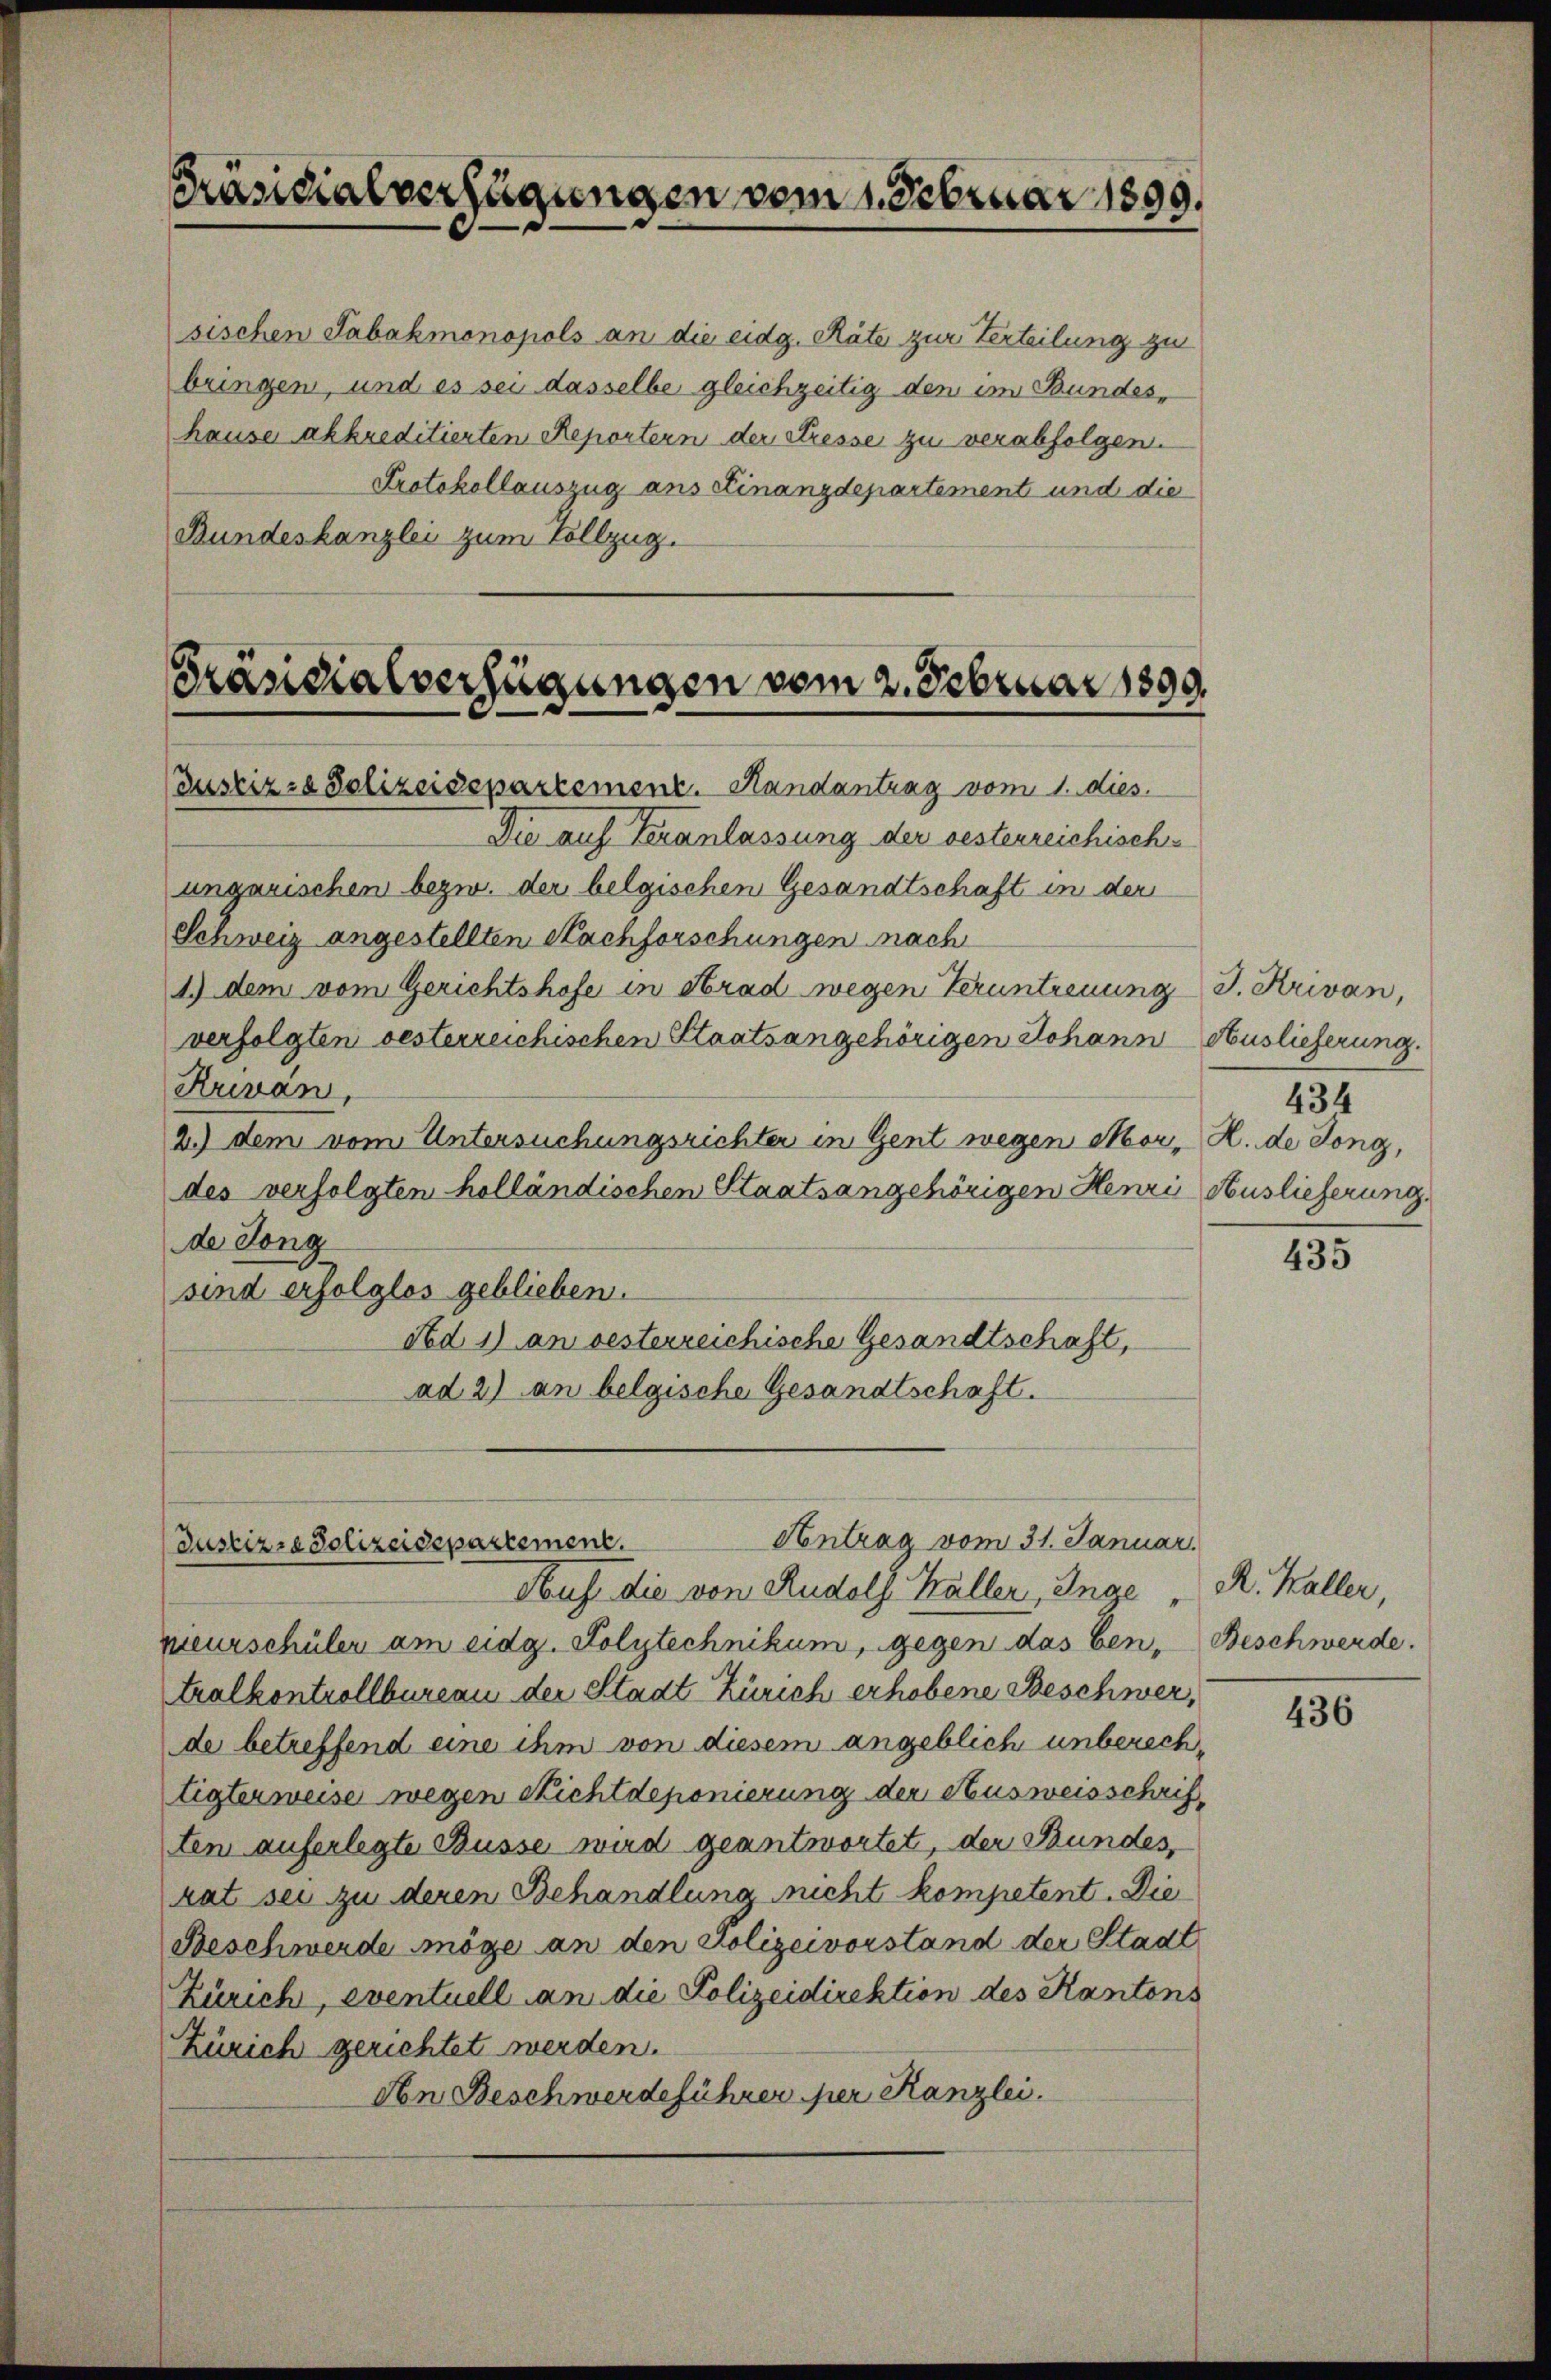
sischen Tabakmonopols an die eidg. Räte zur Verteilung zu
bringen, und es sei dasselbe gleichzeitig den im Bundeshause akkreditierten Reportern der Stresse zu verabfolgen.
Protokollauszug ans Finanzdepartement und die
Bundeskanzlei zum Vollzug.

Präsidialverfügungen vom 1. Februar 1899.

Präsidialverfügungen vom 2. Februar 1899.
Justiz- & Polizeidepartement. Randantrag vom 1. dies

Die auf Veranlassung der besterreichischungarischen bezw. der belgischen Gesandtschaft in der
Schweiz angestellten Nachforschungen nach
1) dem vom Gerichtshofe in Hrad wegen Veruntreuung I. Krivan,
verfolgten oesterreichischen Staatsangehörigen Johann Auslieferung
Krevan,
2.) dem vom Untersuchungsrichter in Gent wegen Mor. H. de Tong,
des verfolgten holländischen Staatsangehörigen Henri Auslieferung.
de Tong
sind erfolglos geblieben.
Ad 1) an oesterreichische Gesandtschaft,
ad 2) an belgische Gesandtschaft.

Antrag vom 31. Januar
Justizra Polizeidepartement.

Hus, die von Rudolf Kaller, Inge
neurschüler am eidg. Polytechnikum, gegen das ben, Beschwerde.
tralkontrollbureau der Stadt Zürich erhobene Beschwer,
de betreffend eine ihm von diesem angeblich unberechtigterweise wegen Richt deponierung der Ausweisschriften auferlegte Busse wird geantwortet, der Bundes,
hat sei zu deren Behandlung nicht kompetent. Die
Beschwerde möge an den Polizeivorstand der Stadt
Zürich, eventuell an die Polizeidirektion des Kantons
Zürich gerichtet werden.
An Beschwerdeführer per Kanzlei.

434

455

R. Haller,

436